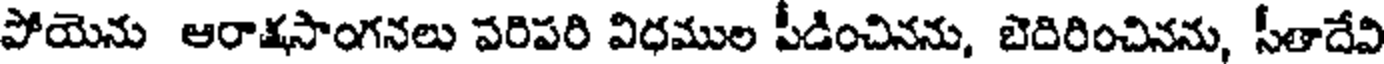
పోయెను ఆరాక్షసాంగనలు పరిపరి విధముల పీడించినను, బెదిరించినను, సీతాదేవి